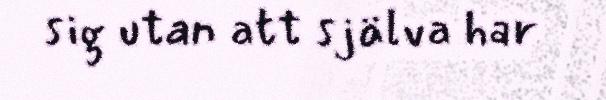
sig utan att själva har